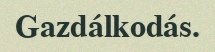
Gazdálkodás.